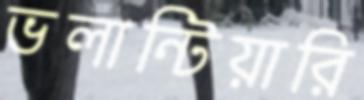
ভলান্টিয়ারি